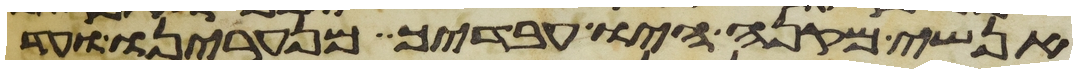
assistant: אנשי מקנה היו עבדיך מנערינו ועד